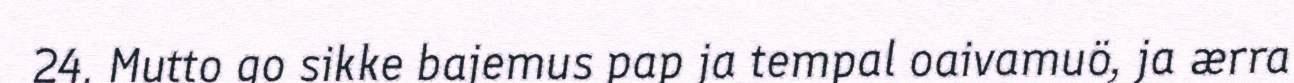
24. Mutto go sikke bajemus pap ja tempal oaivamuö, ja ærra